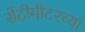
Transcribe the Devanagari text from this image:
सेंटीमीटरच्या